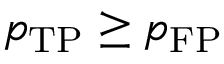
p _ { \mathrm { T P } } \ge p _ { \mathrm { F P } }